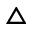
\vartriangle